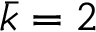
\bar { k } = 2